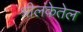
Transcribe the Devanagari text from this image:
श्रीलंकेतेल